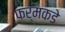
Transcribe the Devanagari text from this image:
फर्मकडे